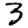
Digit: 3